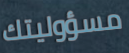
مسؤوليتك